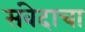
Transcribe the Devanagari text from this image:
संवेदाचा